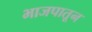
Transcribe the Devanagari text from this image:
भाजपातून